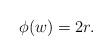
LaTeX: \begin{align*} \phi(w)=2r. \end{align*}